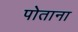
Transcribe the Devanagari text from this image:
पोताना